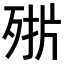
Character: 𣨊